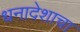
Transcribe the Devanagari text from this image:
धनादेशाचा